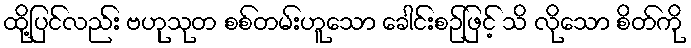
ထို့ပြင်လည်း ဗဟုသုတ စစ်တမ်းဟူသော ခေါင်းစဉ်ဖြင့် သိ လိုသော စိတ်ကို